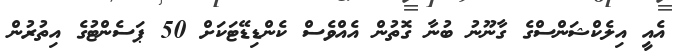
އެއީ އިލެކްޝަންސްގެ ގާނޫނު ބުނާ ގޮތުން އެއްވެސް ކެންޑިޑޭޓަކަށް 50 ޕަސެންޓުގެ އިތުރުން